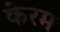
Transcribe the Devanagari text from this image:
केरम